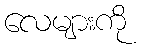
လေများကို